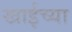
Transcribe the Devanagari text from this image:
खाईच्या